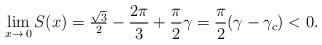
LaTeX: \begin{align*} \lim_{x\rightarrow\, 0} S(x)=\tfrac{\sqrt{3}}{2}-\frac{2\pi}{3}+\frac{\pi}{2}\gamma=\frac{\pi}{2}(\gamma-\gamma_c)<0. \end{align*}